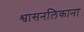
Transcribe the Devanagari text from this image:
श्वासनलिकाना